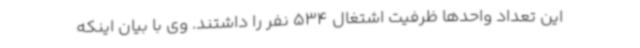
این تعداد واحدها ظرفیت اشتغال 534 نفر را داشتند. وی با بیان اینکه